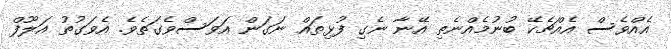
އެއްވެސް އެއްޗެކޭ ބުނުމެެއްނެތި އޭނާ ނެގި ފުޅިތައް ނަގަން އަވަސްވެގަތެވެ. އެވަގުތު އަލޫފް